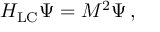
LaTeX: H _ { \mathrm { L C } } \Psi = M ^ { 2 } \Psi \, ,